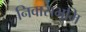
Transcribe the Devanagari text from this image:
निवासभूमि